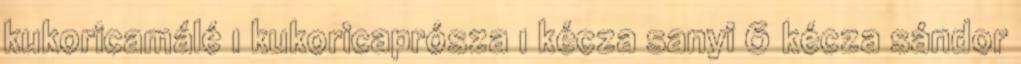
kukoricamálé 1 kukoricaprósza 1 kécza sanyi 6 kécza sándor